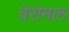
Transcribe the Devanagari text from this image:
वेरोनल